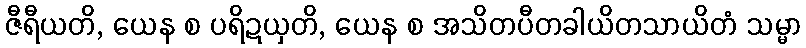
ဇီရီယတိ, ယေန စ ပရိဍယှတိ, ယေန စ အသိတပီတခါယိတသာယိတံ သမ္မာ